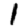
Digit: 1